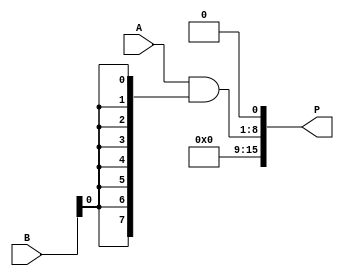
module AdaptiveWallaceTreeMultiplier #(
    parameter A_WIDTH = 8, // Width of multiplicand
    parameter B_WIDTH = 8  // Width of multiplier
)(
    input [A_WIDTH-1:0] A, // Multiplicand
    input [B_WIDTH-1:0] B, // Multiplier
    output reg [2*A_WIDTH-1:0] P // Product
);

// Intermediate signals for partial products
wire [A_WIDTH-1:0] partial_products[B_WIDTH-1:0];
reg [2*A_WIDTH-1:0] sum_level1 [A_WIDTH:0];
reg [2*A_WIDTH-1:0] sum_level2 [A_WIDTH:0];

// Partial Product Generation
genvar i;
generate
    for (i = 0; i < B_WIDTH; i = i + 1) begin : gen_partial_products
        assign partial_products[i] = A & {A_WIDTH{B[i]}};
    end
endgenerate

// Wallace Tree Reduction
integer j, k;
always @* begin
    // Initialize sum_level1
    for (j = 0; j < A_WIDTH; j = j + 1) begin
        sum_level1[j] = {partial_products[j][A_WIDTH-1:0], 1'b0}; // initial alignment
    end
    // Assume maximum A_WIDTH = 8, adapt as needed
    for (j = 0; j < A_WIDTH/2; j = j + 1) begin
        sum_level1[j+1] = sum_level1[j] + sum_level1[j+1]; // Add the levels
    end
    P = sum_level1[0]; // Collect final output
end

endmodule